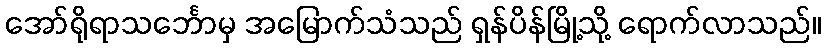
အော်ရိုရာသင်္ဘောမှ အမြောက်သံသည် ရှန်ပိန်မြို့သို့ ရောက်လာသည်။